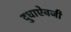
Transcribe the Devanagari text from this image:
दुधाऐवजी